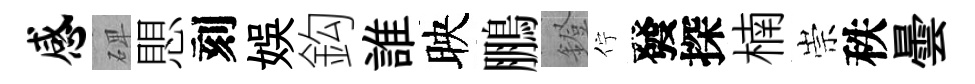
感𥓓愳刻娱鈎誰映鵬鐙佇發探楠崇秩曇